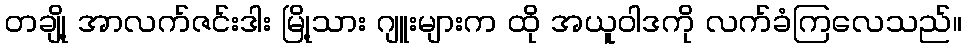
တချို့ အာလက်ဇင်းဒါး မြို့သား ဂျူးများက ထို အယူဝါဒကို လက်ခံကြလေသည်။